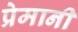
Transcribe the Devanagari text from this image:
प्रेमानी